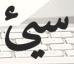
سيئ